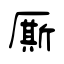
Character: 厮